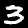
Label: 3